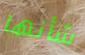
شأنها